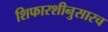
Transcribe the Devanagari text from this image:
शिफारशीनुसारच